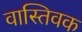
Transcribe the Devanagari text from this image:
वास्‍तिवक